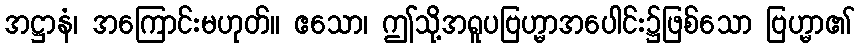
အဋ္ဌာနံ၊ အကြောင်းမဟုတ်။ ဧသော၊ ဤသို့အရူပဗြဟ္မာအပေါင်း၌ဖြစ်သော ဗြဟ္မာ၏